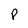
Character: P